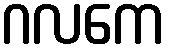
ဂလကေ